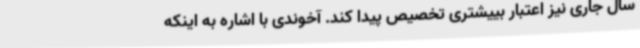
سال جاری نیز اعتبار بییشتری تخصیص پیدا کند. آخوندی با اشاره به اینکه